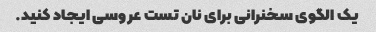
یک الگوی سخنرانی برای نان تست عروسی ایجاد کنید.